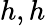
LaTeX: h,h